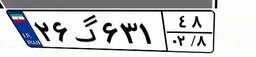
۲۶گ۶۳۱۴۸